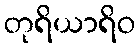
တုရိယာရိဝ